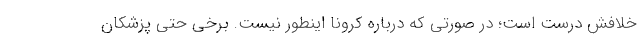
خلافش درست است؛ در صورتی که درباره کرونا اینطور نیست. برخی حتی پزشکان